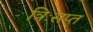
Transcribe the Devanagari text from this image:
त्रिःसप्त